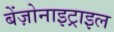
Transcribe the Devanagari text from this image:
बेंज़ोनाइट्राइल